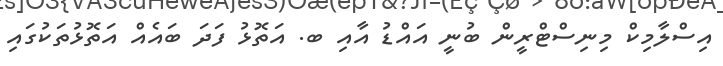
އިސްލާމިކް މިނިސްޓްރީން ބުނީ އައްޑު އާއި ބ. އަތޮޅު ފަދަ ބައެއް އަތޮޅުތަކުގައި